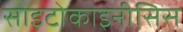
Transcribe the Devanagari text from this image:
साइटोकाइनीसिस